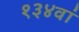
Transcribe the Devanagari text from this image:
१३४वां